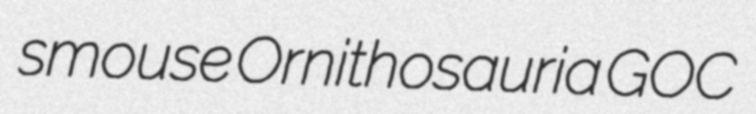
smouse Ornithosauria GOC